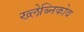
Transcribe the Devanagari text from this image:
ख्लेब्निकोव